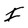
Character: I